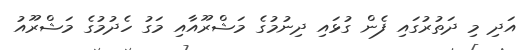
އަދި މި ދަތުރުގައި ފެން ގުޅައި ދިނުމުގެ މަޝްރޫއާއި މަގު ހެދުމުގެ މަޝްރޫއު